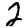
Digit: 2